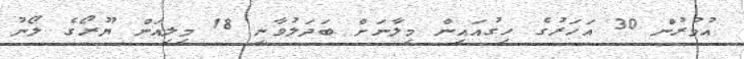
އުމުރުން 30 އަހަރުގެ ހިގުއައިން މިލާނަށް ބަދަލުވާނީ 18 މިލިއަން ޔޫރޯގެ ލޯނު